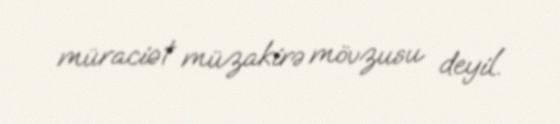
müraciət müzakirə mövzusu deyil.